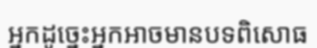
អ្នកដូច្នេះអ្នកអាចមានបទពិសោធ